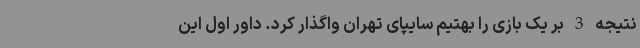
نتیجه 3 بر یک بازی را بهتیم سایپای تهران واگذار کرد. داور اول این